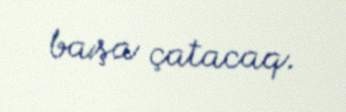
başa çatacaq.